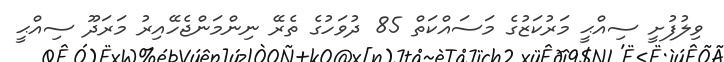
ވިލުފުށީ ސިއްޙީ މަރުކަޒުގެ މަސައްކަތް 85 ދުވަހުގެ ތެރޭ ނިންމަންޖެހޭއިރު މަރަދޫ ސިއްޙީ